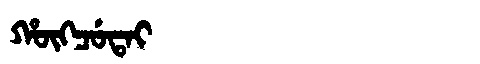
Manchu: ᡥᡡᡴᠴᡠᡨᠠᡳ
Romanization: HŪKCUTAI